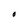
Character: O